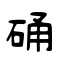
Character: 硧